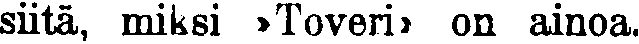
siitä, miksi »Toveri» on ainoa.